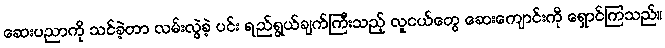
ဆေးပညာကို သင်ခဲ့တာ လမ်းလွဲခဲ့ ပင်း ရည်ရွယ်ချက်ကြီးသည့် လူငယ်တွေ ဆေးကျောင်းကို ရှောင်ကြသည်။